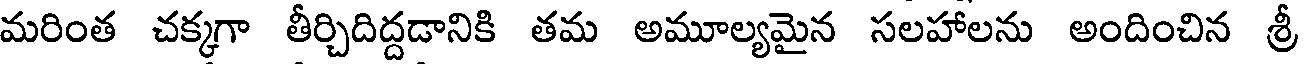
మరింత చక్కగా తీర్చిదిద్దడానికి తమ అమూల్యమైన సలహాలను అందించిన శ్రీ